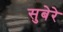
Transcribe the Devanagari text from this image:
सुबेरे